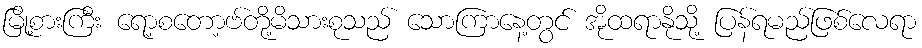
မြို့စားကြီး ရော့စတော့ဗ်တို့မိသားစုသည် သောကြာနေ့တွင် အိုထရာနိုသို့ ပြန်ရမည်ဖြစ်လေရာ